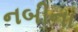
નબીના